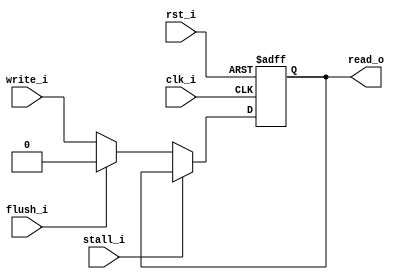
module IF_ID_DFFs(
  input  clk_i,
  input  rst_i,
  input      [SIZE - 1:0] write_i,
  input                   stall_i,
  input                   flush_i,
  output reg [SIZE - 1:0] read_o
);

parameter SIZE = 1;

always@(posedge clk_i or negedge rst_i) begin
  if(~rst_i) begin
    read_o <= 0;
  end else begin
    if(stall_i) begin
      read_o <= read_o;
    end else if(flush_i) begin
      read_o <= 32'b000000_00000_00000_00000_00000_100000;
      // need to give right pc, instruction for flush
    end else begin
      read_o <= write_i;
    end
  end
end

endmodule